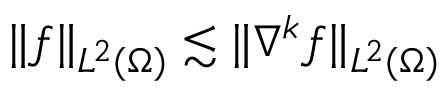
\lVert f \rVert _ { L ^ { 2 } ( \Omega ) } \lesssim \lVert \nabla ^ { k } f \rVert _ { L ^ { 2 } ( \Omega ) }